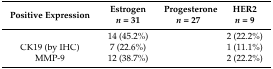
<table><thead><tr><td><b>Positive Expression</b></td><td><b>Estrogen <i>n</i> = 31</b></td><td><b>Progesterone <i>n</i> = 27</b></td><td><b>HER2 <i>n</i> = 9</b></td></tr></thead><tbody><tr><td>[EMPTY_CELL]</td><td>14 (45.2%)</td><td>[EMPTY_CELL]</td><td>2 (22.2%)</td></tr><tr><td>CK19 (by IHC)</td><td>7 (22.6%)</td><td>[EMPTY_CELL]</td><td>1 (11.1%)</td></tr><tr><td>MMP-9</td><td>12 (38.7%)</td><td>[EMPTY_CELL]</td><td>2 (22.2%)</td></tr></tbody></table>